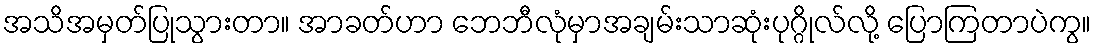
အသိအမှတ်ပြုသွားတာ။ အာခတ်ဟာ ဘေဘီလုံမှာအချမ်းသာဆုံးပုဂ္ဂိုလ်လို့ ပြောကြတာပဲကွ။